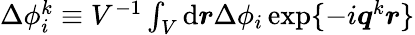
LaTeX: \begin{array}{r}{\Delta{\phi}_{i}^{k}\equiv V^{-1}\int_{V}\mathrm{d}\boldsymbol{r}\Delta\phi_{i}\, \mathrm{exp}\{ -i\boldsymbol{q}^{k}\boldsymbol{r}\} }\end{array}